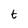
Character: t